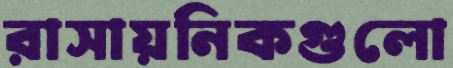
রাসায়নিকগুলো